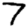
Digit: 7